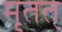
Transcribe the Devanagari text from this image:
मृतत्